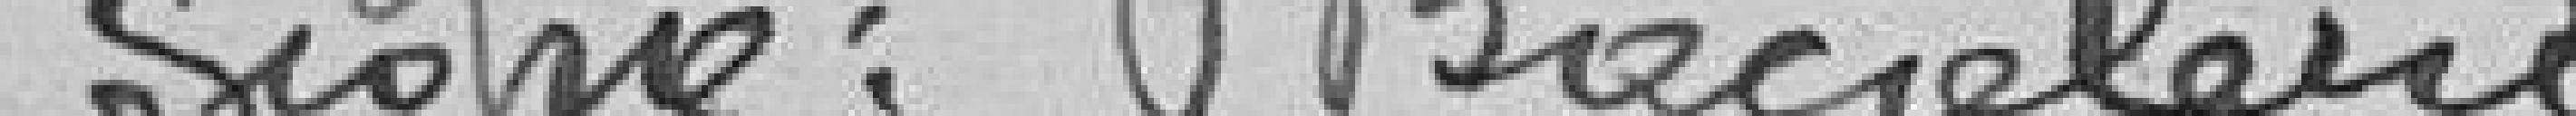
Signé : Bacolani